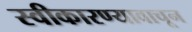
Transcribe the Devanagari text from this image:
स्वीकारण्यावाचून